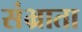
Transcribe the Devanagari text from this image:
संभ्राता